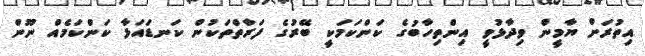
އިތުރަށް ޔާމީން ވިދާޅުވީ އިންތިހާބުގެ ކަންކަމަކީ ބޭރުގެ ފަރާތްތަކުން ކަނޑައަޅާ ކަންކަމެއް ނޫން